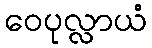
ဝေပုလ္လာယံ